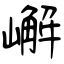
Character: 嶰